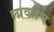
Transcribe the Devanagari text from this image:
लावलेच